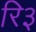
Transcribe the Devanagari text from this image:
रि३